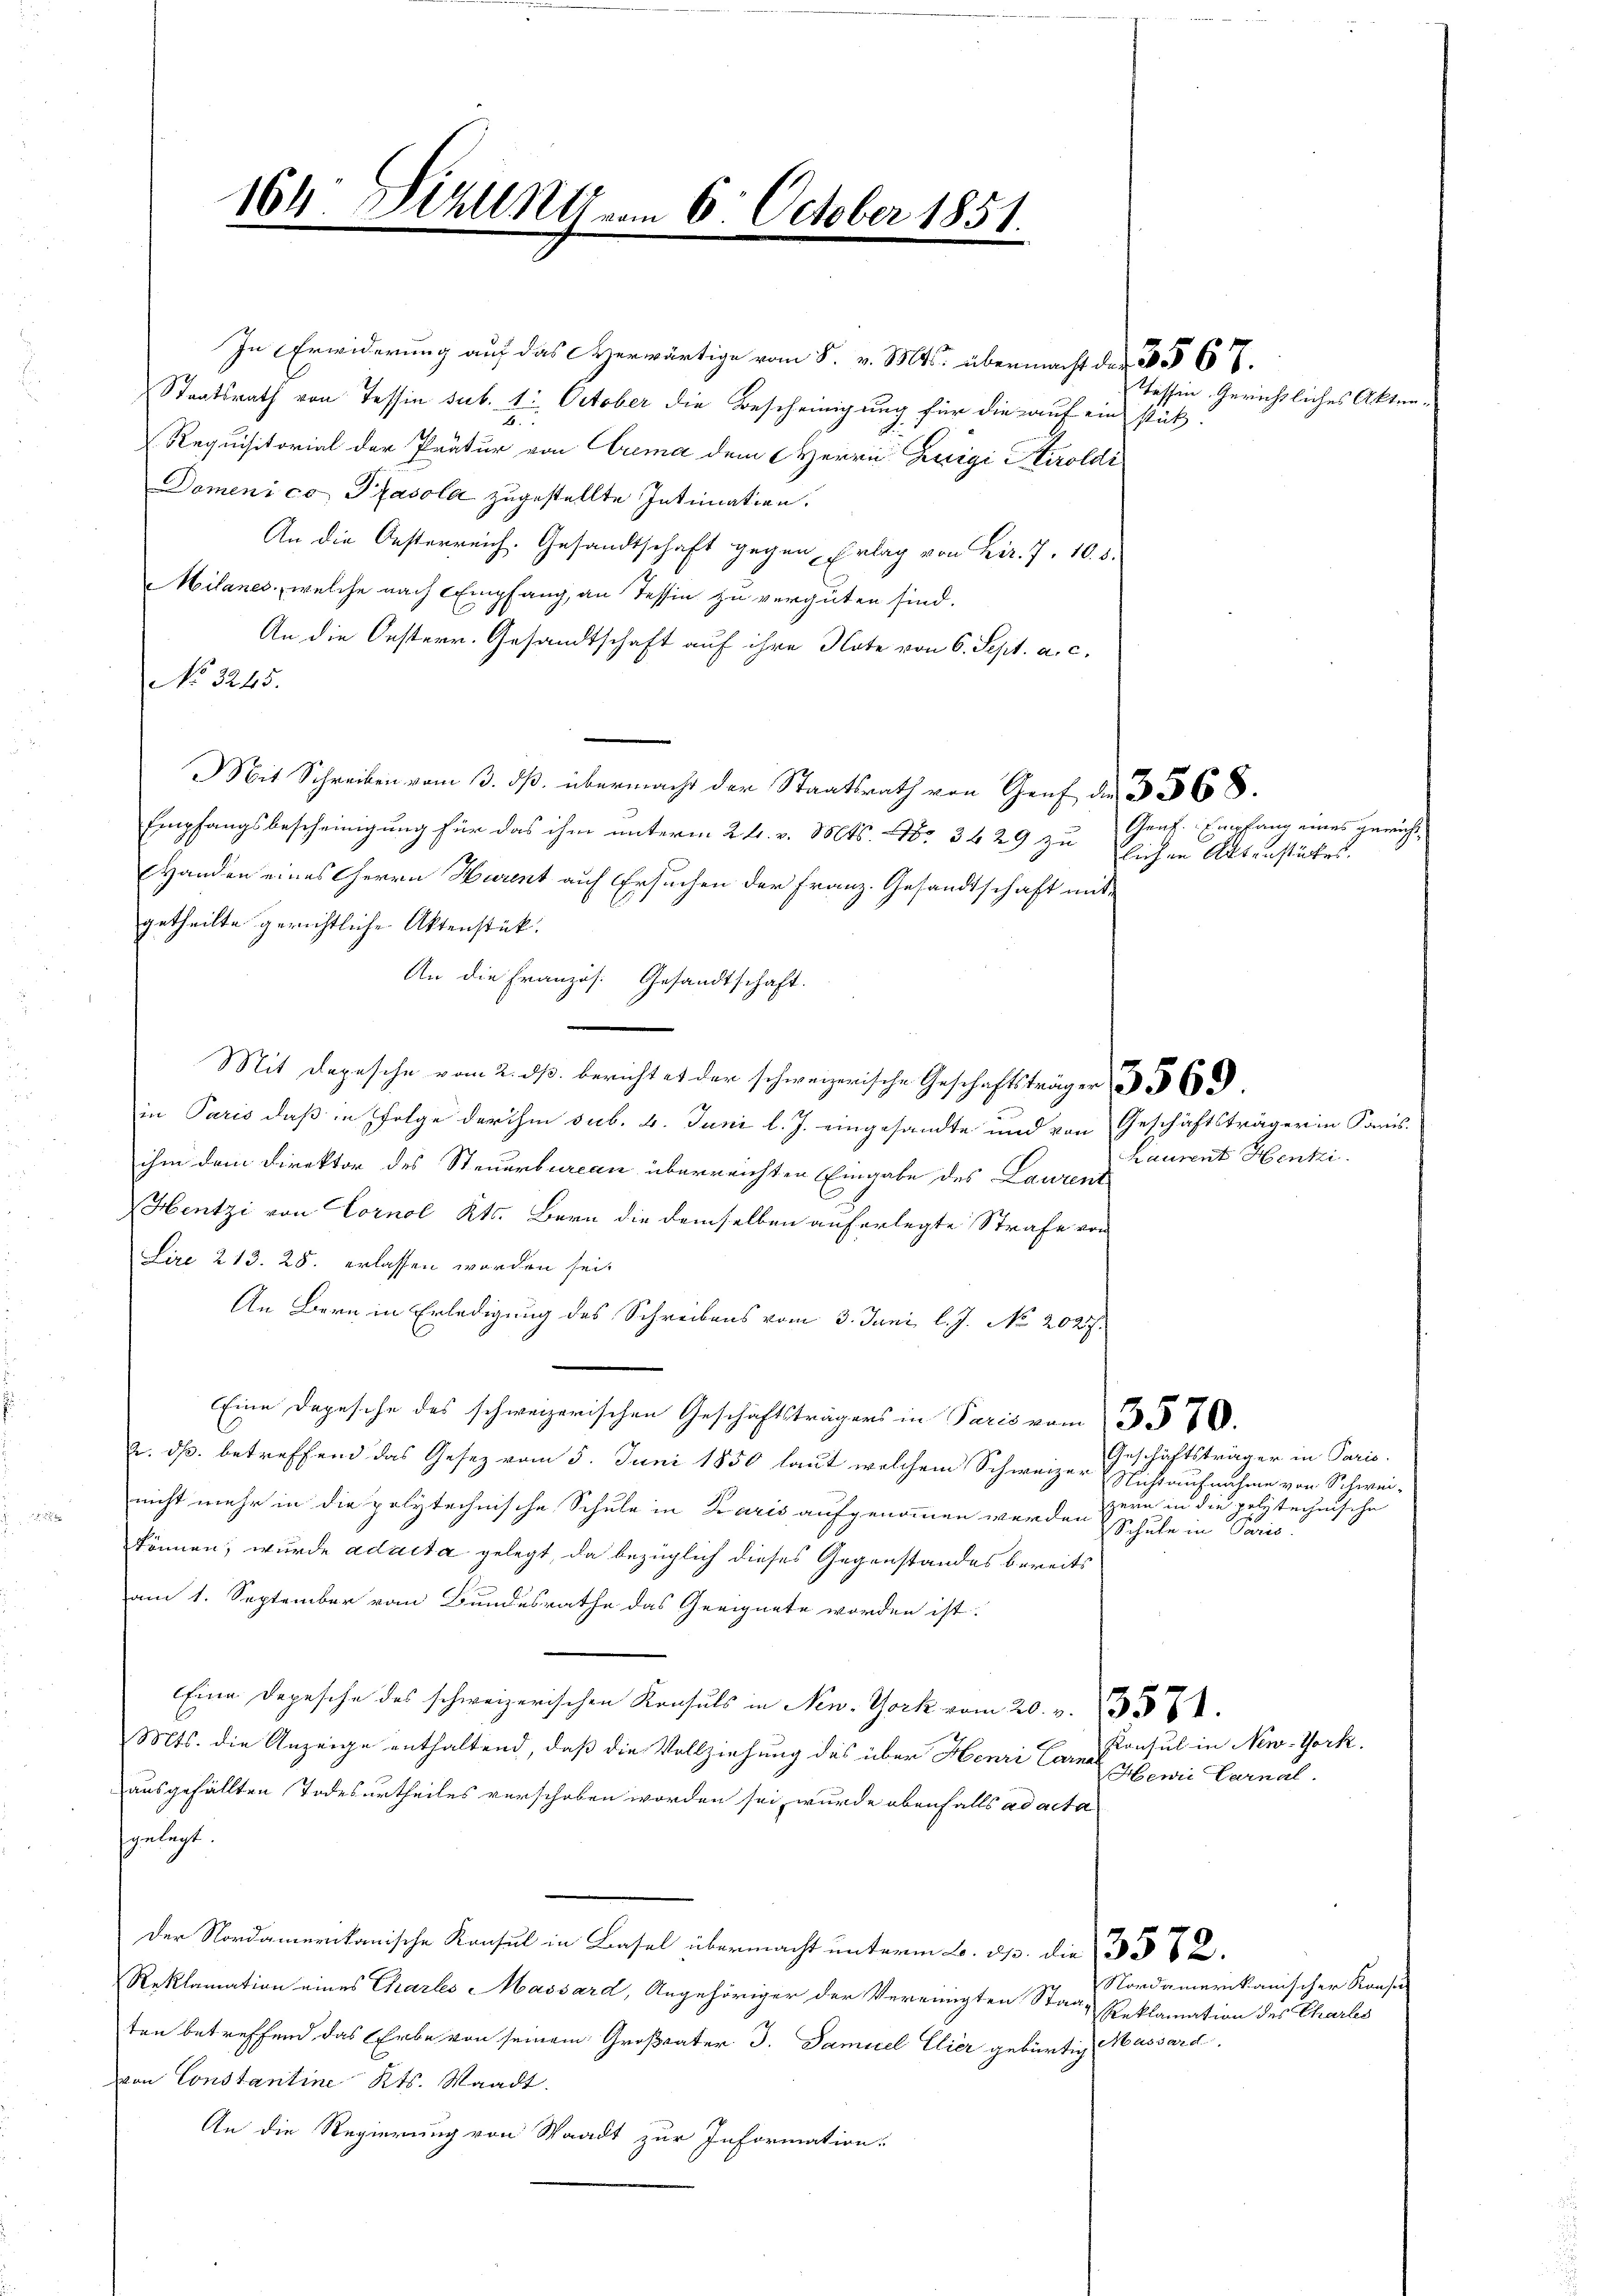
104 Sizung am 6. October 1851.

In Erwiderung auf das erwärtige vom 8. v. Mts. übermacht der §§ 67.
Staatsrath von Tessin sub. 1. October die Bescheinigung für die auf ein stück-
Requisitorial der Prätur von Crema dem HHerrn Luigi Airoldi
Domenico Piasola zugestellte Intimation.
An die Oesterreich. Gesandtschaft gegen Erlag von Fr. 7. 10. 8.
Milanes, welche nach Empfang, an Tessin zu vergüten sind.
An die Oesterr. Gesandtschaft auf ihre Note von 6. Sept. a. c.
No 3245.
Mit Schreiben vom 3. dβ übermacht der Staatsrath von Genf der 3368.
Empfangsbescheinigung für das ihm unterm 24. v. 1816. No. 3429 zu Eichen Aktenstückes.
Handen eines Herrn Hurent auf Ersuchen der Franz. Gesandtschaft mit-
getheilte gerichtliche Aktenstück.
An die Französ. Gesandtschaft.
Mit Depesche vom 2. ds. berichtet der schweizerische Geschäftsträger 569.
in Paris daß in Folge der ihm sub. 4. Juni l. J. eingesandte und von Geschäftsträgerin Sanis-
ihm dem Direktor des Steuerbureau überreichten Eingabe des Laurent
Hentzi von Cornol Kts. Bern die demselben auferlegte Strafe von
Lire 213. 28. erlassen worden sei.
An Bern in Erledigung des Schreibens vom 3. Juni l. J. No. 2027.
Eine Depesche des schweizerischen Geschäftsträgers in Paris vom 3. 80.
u. dß. betreffend das Gesez vom 5. Juni 1850 laut welchem Schweizer Nichtaufnahme von Schwei-
nicht mehr in die polytechnische Schule in Karis aufgenommen werden Schule in Paris.
können, wurde adacta gelegt, da bezüglich dieses Gegenstandes bereits
am 1. September vom Bundesrathe das Geeignete worden ist.
Eine Depesche des schweizerischen Konsuls in New York vom 20. v. 1357.
Mts. die Anzeige enthaltend, daß die Vollziehung des über Henri Carna
ausgefällten Todesurtheiles verschoben worden sei, wurde ebenfalls ad acta
gelegt.
Der Nordamerikanische Konsul in Basel übermacht unterm 6. ds. die § 362.
Reklamation eines Charles Massard, Angehöriger der Vereinigten Staat Reklamation des Charles
ten betreffend das Erbe von seinem Großvater J. Samicel Elier gebürtig
von Constantine Kts. Waadt.
An die Regierung von Waadt zur Information.

Tessin Gerichtliches Akten

Graf. Empfang eines gericht,

Laurent Henki

Geschäftsträger in Paris.
zern in die polytechnische

Konsul in New-York.
Hewie Darnal.

Nordamerikanischer Konse
Massard.